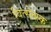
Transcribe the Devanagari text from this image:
वित्सेब्स्क